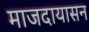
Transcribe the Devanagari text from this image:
माजदायासन